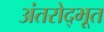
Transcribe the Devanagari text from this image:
अंतरोद्भूत